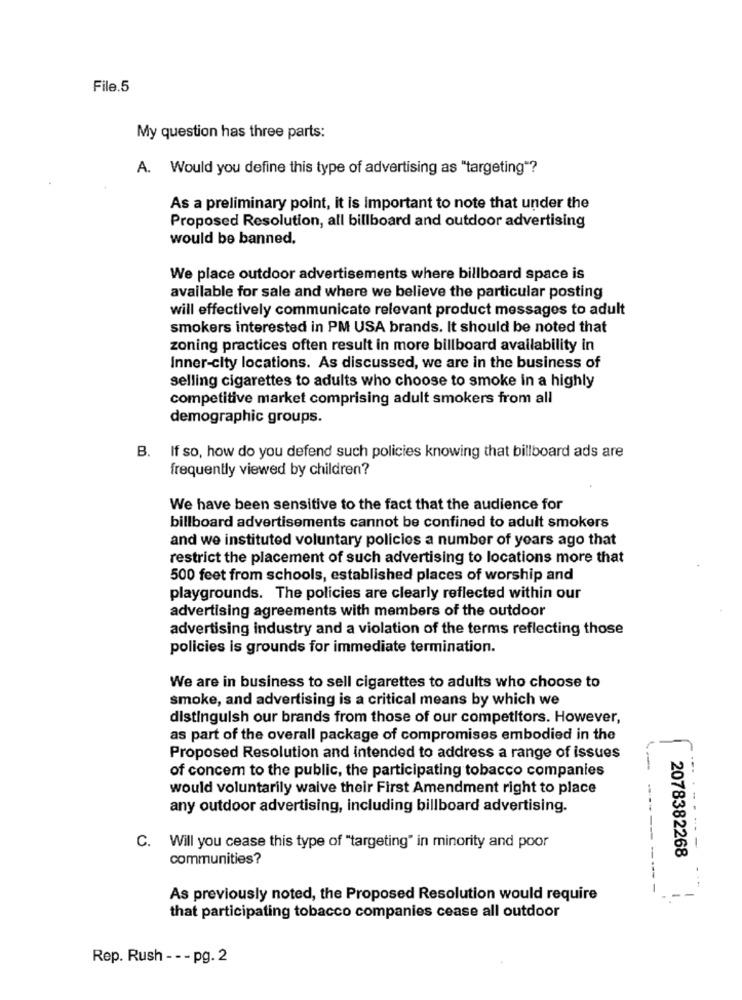
File.5
My question has three parts:
A. Would you define this type of advertising as "targeting"?
As a preliminary point, it is important to note that under the
Proposed Resolution, all billboard and outdoor advertising
would be banned.
We place outdoor advertisements where billboard space is
available for sale and where we believe the particular posting
will effectively communicate relevant product messages to adult
smokers interested in PM USA brands. It should be noted that
zoning practices often result in more billboard availability in
Inner-city locations. As discussed, we are in the business of
selling cigarettes to adults who choose to smoke in a highly
competitive market comprising adult smokers from all
demographic groups.
B. If so, how do you defend such policies knowing that billboard ads are
frequently viewed by children?
We have been sensitive to the fact that the audience for
billboard advertisements cannot be confined to adult smokers
and we instituted voluntary policies a number of years ago that
restrict the placement of such advertising to locations more that
500 feet from schools, established places of worship and
playgrounds. The policies are clearly reflected within our
advertising agreements with members of the outdoor
advertising industry and a violation of the terms reflecting those
policies is grounds for immediate termination.
We are in business to sell cigarettes to adults who choose to
smoke, and advertising is a critical means by which we
distinguish our brands from those of our competitors. However,
as part of the overall package of compromises embodied in the
Proposed Resolution and intended to address a range of issues
of concem to the public, the participating tobacco companies
would voluntarily waive their First Amendment right to place
any outdoor advertising, including billboard advertising.
...-- --
-----
C. Will you cease this type of "targeting" in minority and poor
2078382268
communities?
---- -
As previously noted, the Proposed Resolution would require
that participating tobacco companies cease all outdoor
Rep. Rush -- - pg. 2